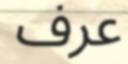
عرف